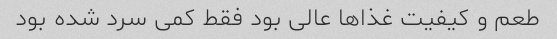
طعم و کیفیت غذاها عالی بود فقط کمی سرد شده بود